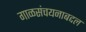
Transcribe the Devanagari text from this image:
गाळसंचयनाबद्दल